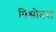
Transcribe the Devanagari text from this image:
विश्वोदरा